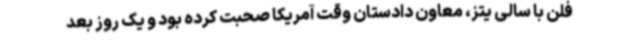
فلن با سالی یتز، معاون دادستان وقت آمریکا صحبت کرده بود و یک روز بعد